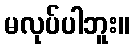
မလုပ်ပါဘူး။